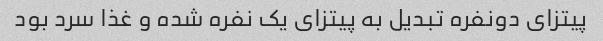
پیتزای دونفره تبدیل به پیتزای یک نفره شده و غذا سرد بود